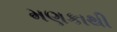
મણકાથી